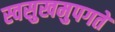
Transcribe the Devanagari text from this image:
स्वसुखमुपगते